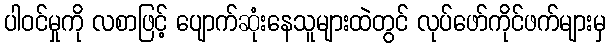
ပါဝင်မှုကို လစာဖြင့် ပျောက်ဆုံးနေသူများထဲတွင် လုပ်ဖော်ကိုင်ဖက်များမှ